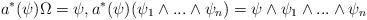
LaTeX: \begin{align*}a^* (\psi) \Omega = \psi, a^* ( \psi) ( \psi_1 \wedge ... \wedge \psi_n ) = \psi \wedge \psi_1 \wedge ... \wedge \psi_n\end{align*}